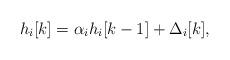
LaTeX: \begin{align*}h_i [k]=\alpha_i h_i [k-1]+\Delta_i[k],\end{align*}